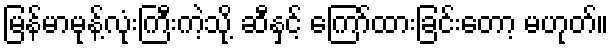
မြန်မာမုန့်လုံးကြီးကဲ့သို့ ဆီနှင့် ကြော်ထားခြင်းတော့ မဟုတ်။